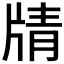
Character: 𰠟